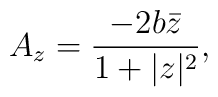
A_z = \frac{-2b \bar{z}}{1 + |z|^2},